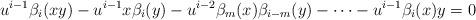
LaTeX: \begin{align*}u^{i-1}\beta_i(xy)-u^{i-1}x\beta_i(y) - u^{i-2}\beta_m(x)\beta_{i-m}(y)-\dots -u^{i-1} \beta_i(x)y =0 \end{align*}